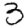
Digit: 3